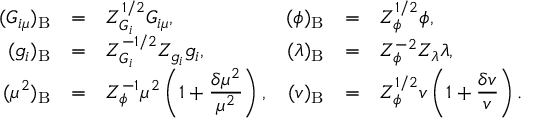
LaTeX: \begin{array} { r c l r c l } { { ( G _ { i \mu } ) _ { \mathrm { B } } } } & { { = } } & { { Z _ { G _ { i } } ^ { 1 / 2 } G _ { i \mu } , } } & { { ( \phi ) _ { \mathrm { B } } } } & { { = } } & { { Z _ { \phi } ^ { 1 / 2 } \phi , } } \\ { { \displaystyle ( g _ { i } ) _ { \mathrm { B } } } } & { { = } } & { { Z _ { G _ { i } } ^ { - 1 / 2 } Z _ { g _ { i } } g _ { i } , } } & { { ( \lambda ) _ { \mathrm { B } } } } & { { = } } & { { Z _ { \phi } ^ { - 2 } Z _ { \lambda } \lambda , } } \\ { { ( \mu ^ { 2 } ) _ { \mathrm { B } } } } & { { = } } & { { \displaystyle Z _ { \phi } ^ { - 1 } \mu ^ { 2 } \left( 1 + \frac { \delta \mu ^ { 2 } } { \mu ^ { 2 } } \right) , } } & { { ( v ) _ { \mathrm { B } } } } & { { = } } & { { \displaystyle Z _ { \phi } ^ { 1 / 2 } v \left( 1 + \frac { \delta v } { v } \right) . } } \end{array}